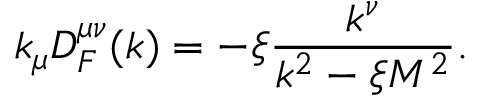
k _ { \mu } { \cal D } _ { F } ^ { \mu \nu } ( k ) = - \xi \frac { k ^ { \nu } } { k ^ { 2 } - \xi M ^ { 2 } } .